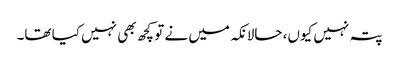
پتہ نہیں کیوں، حالانکہ میں نے تو کچھ بھی نہیں کیا تھا۔